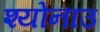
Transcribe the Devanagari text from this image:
श्योनाउ